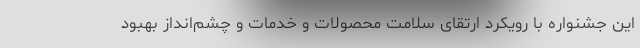
این جشنواره با رویکرد ارتقای سلامت محصولات و خدمات و چشم‌انداز بهبود